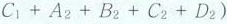
C _ { 1 } + A _ { 2 } + B _ { 2 } + C _ { 2 } + D _ { 2 } )$$